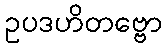
ဥပဒဟိတဗ္ဗော